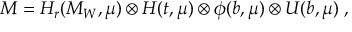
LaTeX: { \cal M } = H _ { r } ( M _ { W } , \mu ) \otimes H ( t , \mu ) \otimes \phi ( b , \mu ) \otimes U ( b , \mu ) \; ,